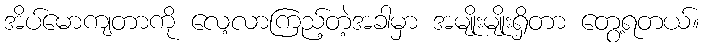
အိပ်မောကျတာကို လေ့လာကြည့်တဲ့အခါမှာ အမျိုးမျိုးရှိတာ တွေ့ရတယ်။